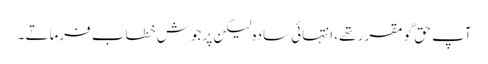
آپ حق گو مقرر تھے ، انتہائی سادہ لیکن پر جوش خطاب فرماتے ۔